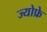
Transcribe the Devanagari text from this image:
ज्योफ्रे